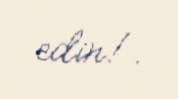
edin!.